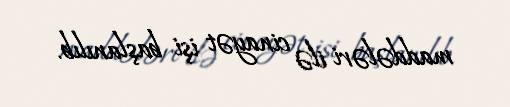
maddələri ilə cinayət işi başlanılıb.